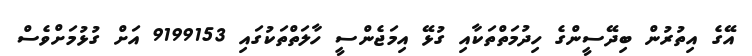
އޭގެ އިތުރުން ބިދޭސީންގެ ހިދުމަތްތަކާއި ގުޅޭ އިމަޖެންސީ ހާލަތްތަކުގައި 9199153 އަށް ގުޅުމަށްވެސް